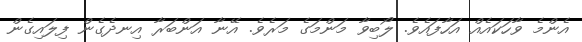
އެންމެ ވާހަކައެއް އަހާފައެވެ. ލޯބިވާ މަންމަގެ މަރެވެ. އޭނާ އަންބަރާ އިނދެގެން ފިލައިގެން